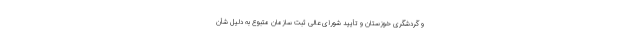
و گردشگری خوزستان و تأیید شورای عالی ثبت سازمان متبوع به دلیل شأن